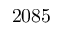
2 0 8 5